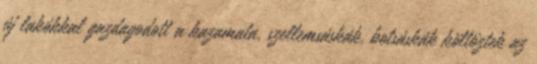
új lakókkal gazdagodott a kazamata, szellemsáskák, botsáskák költöztek az